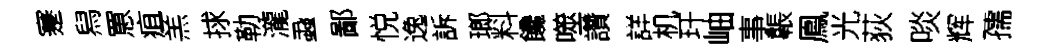
蹇舄罳疽羔捄勒瀧蝨鄙悦逸訴瑯料饞噬讚詳机玕岫事韔鳯光荻啖辉孺